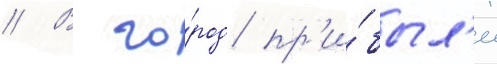
// В го́род пр'и́был'и